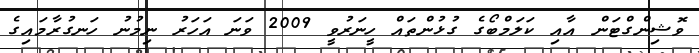
ވޮޝިންގްޓަން އާއި ކަލަމްބޯގެ ގުޅުންތައް ހީނަރުވީ 2009 ވަނަ އަހަރު ނިމުނު ހަނގުރާމައިގެ